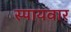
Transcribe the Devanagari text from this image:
स्पायवार